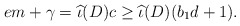
\begin{align*} em + \gamma = \widehat{\iota}(D)c \geq \widehat{\iota}(D)(b_1 d+1). \end{align*}